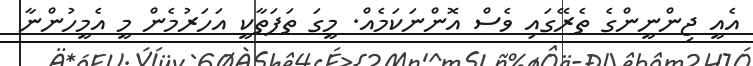
އެއީ ޖިންނީންގެ ތެރޭގައި ވެސް އޮންނަކަމެއް. މީގަ ތަފަތާކީ އަހަރުމެން މީ އެމީހުންނާ